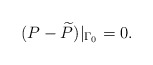
\begin{align*}(P-\widetilde P)\vert_{\Gamma_0}=0.\end{align*}